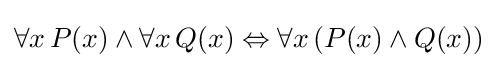
\forall x\,P(x)\land \forall x\,Q(x)\Leftrightarrow \forall x\,(P(x)\land Q(x))